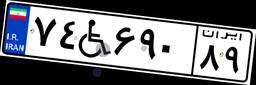
۵۰W۳۸۴۹۲